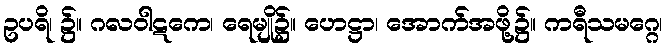
ဥပရိ၊ ၌။ ဂလဝါဋကေ၊ ရေမျို၌။ ဟေဋ္ဌာ၊ အောက်အဖို့၌။ ကရီသမဂ္ဂေ၊